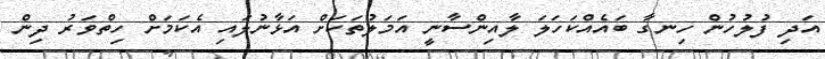
އަދި ފުލުހުން ހިނގާ ބައެއްކަހަލަ ލާއިންސާނީ އަމަލުތަކަށް އަޅާނުލައި އެކަމަށް ހިތްވަރު ދިން